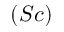
( S c )